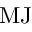
\mathrm { M J }